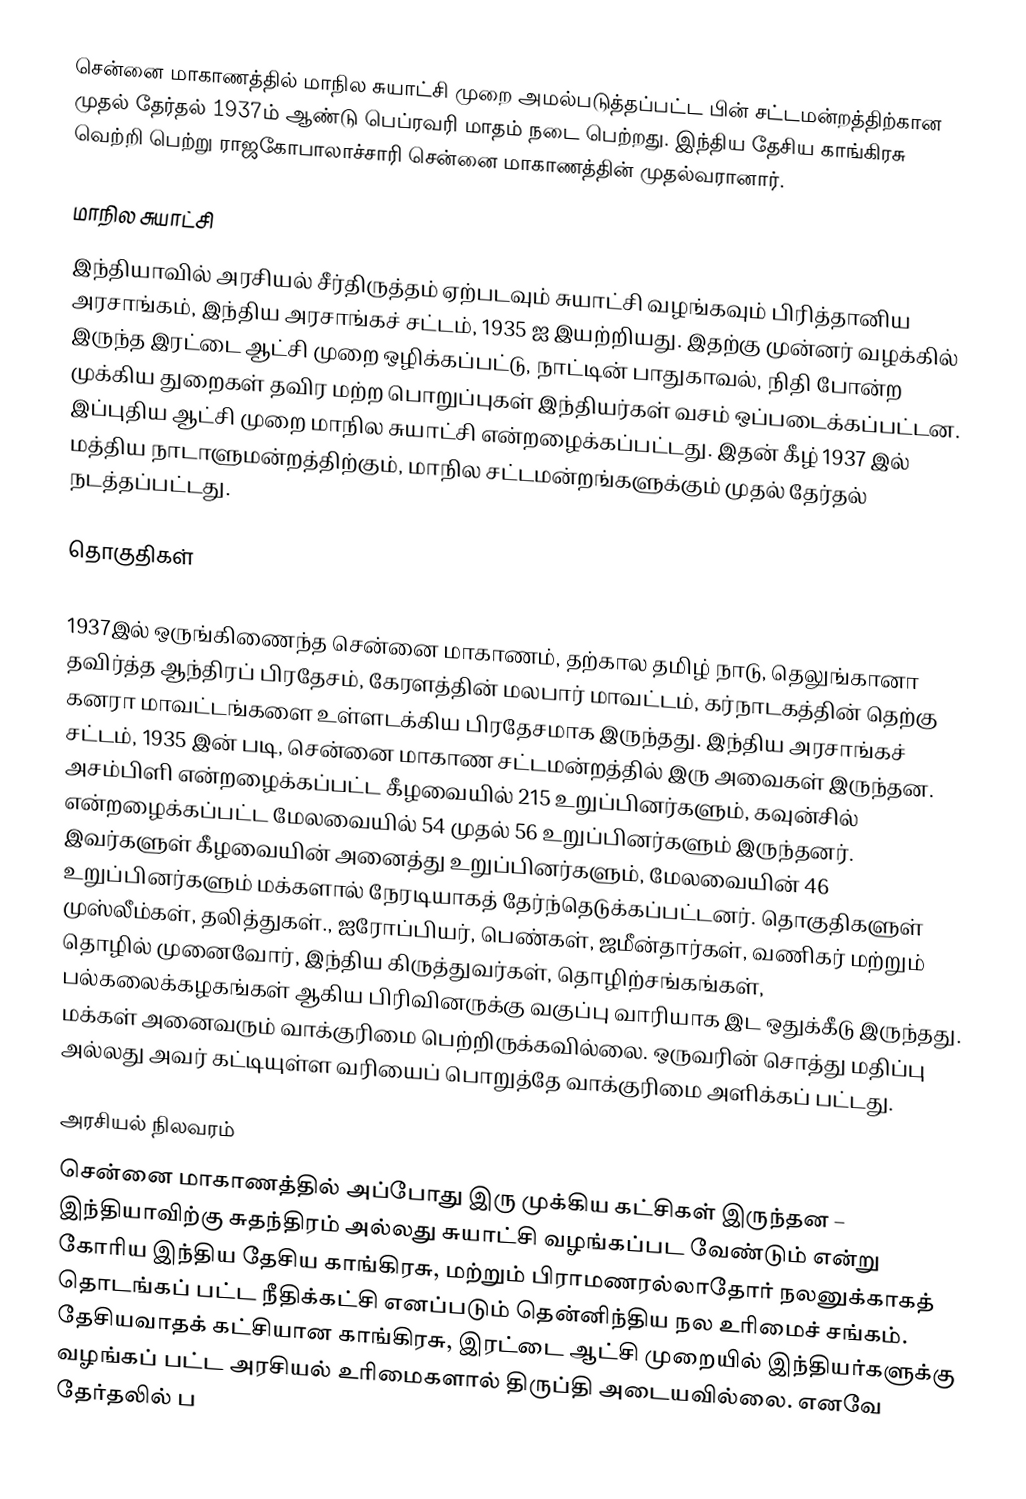
சென்னை மாகாணத்தில் மாநில சுயாட்சி முறை அமல்படுத்தப்பட்ட பின் சட்டமன்றத்திற்கான முதல் தேர்தல் 1937ம் ஆண்டு பெப்ரவரி மாதம் நடை பெற்றது. இந்திய தேசிய காங்கிரசு வெற்றி பெற்று ராஜகோபாலாச்சாரி சென்னை மாகாணத்தின் முதல்வரானார்.

மாநில சுயாட்சி
இந்தியாவில் அரசியல் சீர்திருத்தம் ஏற்படவும் சுயாட்சி வழங்கவும் பிரித்தானிய அரசாங்கம், இந்திய அரசாங்கச் சட்டம், 1935 ஐ இயற்றியது. இதற்கு முன்னர் வழக்கில் இருந்த இரட்டை ஆட்சி முறை ஒழிக்கப்பட்டு, நாட்டின் பாதுகாவல், நிதி போன்ற முக்கிய துறைகள் தவிர மற்ற பொறுப்புகள் இந்தியர்கள் வசம் ஒப்படைக்கப்பட்டன. இப்புதிய ஆட்சி முறை மாநில சுயாட்சி என்றழைக்கப்பட்டது. இதன் கீழ் 1937 இல் மத்திய நாடாளுமன்றத்திற்கும், மாநில சட்டமன்றங்களுக்கும் முதல் தேர்தல் நடத்தப்பட்டது.

தொகுதிகள்

1937இல் ஒருங்கிணைந்த சென்னை மாகாணம், தற்கால தமிழ் நாடு, தெலுங்கானா தவிர்த்த ஆந்திரப் பிரதேசம், கேரளத்தின் மலபார் மாவட்டம், கர்நாடகத்தின் தெற்கு கனரா மாவட்டங்களை உள்ளடக்கிய பிரதேசமாக இருந்தது. இந்திய அரசாங்கச் சட்டம், 1935 இன் படி, சென்னை மாகாண சட்டமன்றத்தில் இரு அவைகள் இருந்தன. அசம்பிளி என்றழைக்கப்பட்ட கீழவையில் 215 உறுப்பினர்களும், கவுன்சில் என்றழைக்கப்பட்ட மேலவையில் 54 முதல் 56 உறுப்பினர்களும் இருந்தனர். இவர்களுள் கீழவையின் அனைத்து உறுப்பினர்களும், மேலவையின் 46 உறுப்பினர்களும் மக்களால் நேரடியாகத் தேர்ந்தெடுக்கப்பட்டனர். தொகுதிகளுள் முஸ்லீம்கள், தலித்துகள்., ஐரோப்பியர், பெண்கள், ஜமீன்தார்கள், வணிகர் மற்றும் தொழில் முனைவோர், இந்திய கிருத்துவர்கள், தொழிற்சங்கங்கள், பல்கலைக்கழகங்கள் ஆகிய பிரிவினருக்கு வகுப்பு வாரியாக இட ஒதுக்கீடு இருந்தது. மக்கள் அனைவரும் வாக்குரிமை பெற்றிருக்கவில்லை. ஒருவரின் சொத்து மதிப்பு அல்லது அவர் கட்டியுள்ள வரியைப் பொறுத்தே வாக்குரிமை அளிக்கப் பட்டது.

அரசியல் நிலவரம்
சென்னை மாகாணத்தில் அப்போது இரு முக்கிய கட்சிகள் இருந்தன – இந்தியாவிற்கு சுதந்திரம் அல்லது சுயாட்சி வழங்கப்பட வேண்டும் என்று கோரிய இந்திய தேசிய காங்கிரசு, மற்றும் பிராமணரல்லாதோர் நலனுக்காகத் தொடங்கப் பட்ட நீதிக்கட்சி எனப்படும் தென்னிந்திய நல உரிமைச் சங்கம். தேசியவாதக் கட்சியான காங்கிரசு, இரட்டை ஆட்சி முறையில் இந்தியர்களுக்கு வழங்கப் பட்ட அரசியல் உரிமைகளால் திருப்தி அடையவில்லை. எனவே தேர்தலில் ப